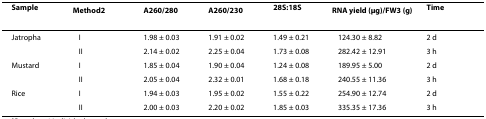
<table><thead><tr><td><b>Sample</b></td><td><b>Method<sup>2</sup></b></td><td><b>A<sub>260/280</sub></b></td><td><b>A<sub>260/230</sub></b></td><td><b>28S:18S</b></td><td><b>RNA yield (μg)/FW<sup>3 </sup>(g)</b></td><td><b>Time</b></td></tr></thead><tbody><tr><td>Jatropha</td><td>I</td><td>1.98 ± 0.03</td><td>1.91 ± 0.02</td><td>1.49 ± 0.21</td><td>124.30 ± 8.82</td><td>2 d</td></tr><tr><td></td><td>II</td><td>2.14 ± 0.02</td><td>2.25 ± 0.04</td><td>1.73 ± 0.08</td><td>282.42 ± 12.91</td><td>3 h</td></tr><tr><td>Mustard</td><td>I</td><td>1.85 ± 0.04</td><td>1.90 ± 0.04</td><td>1.24 ± 0.08</td><td>189.95 ± 5.00</td><td>2 d</td></tr><tr><td></td><td>II</td><td>2.05 ± 0.04</td><td>2.32 ± 0.01</td><td>1.68 ± 0.18</td><td>240.55 ± 11.36</td><td>3 h</td></tr><tr><td>Rice</td><td>I</td><td>1.94 ± 0.03</td><td>1.95 ± 0.02</td><td>1.55 ± 0.22</td><td>254.90 ± 12.74</td><td>2 d</td></tr><tr><td></td><td>II</td><td>2.00 ± 0.03</td><td>2.20 ± 0.02</td><td>1.85 ± 0.03</td><td>335.35 ± 17.36</td><td>3 h</td></tr></tbody></table>